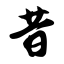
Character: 昔